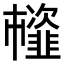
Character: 𩐊